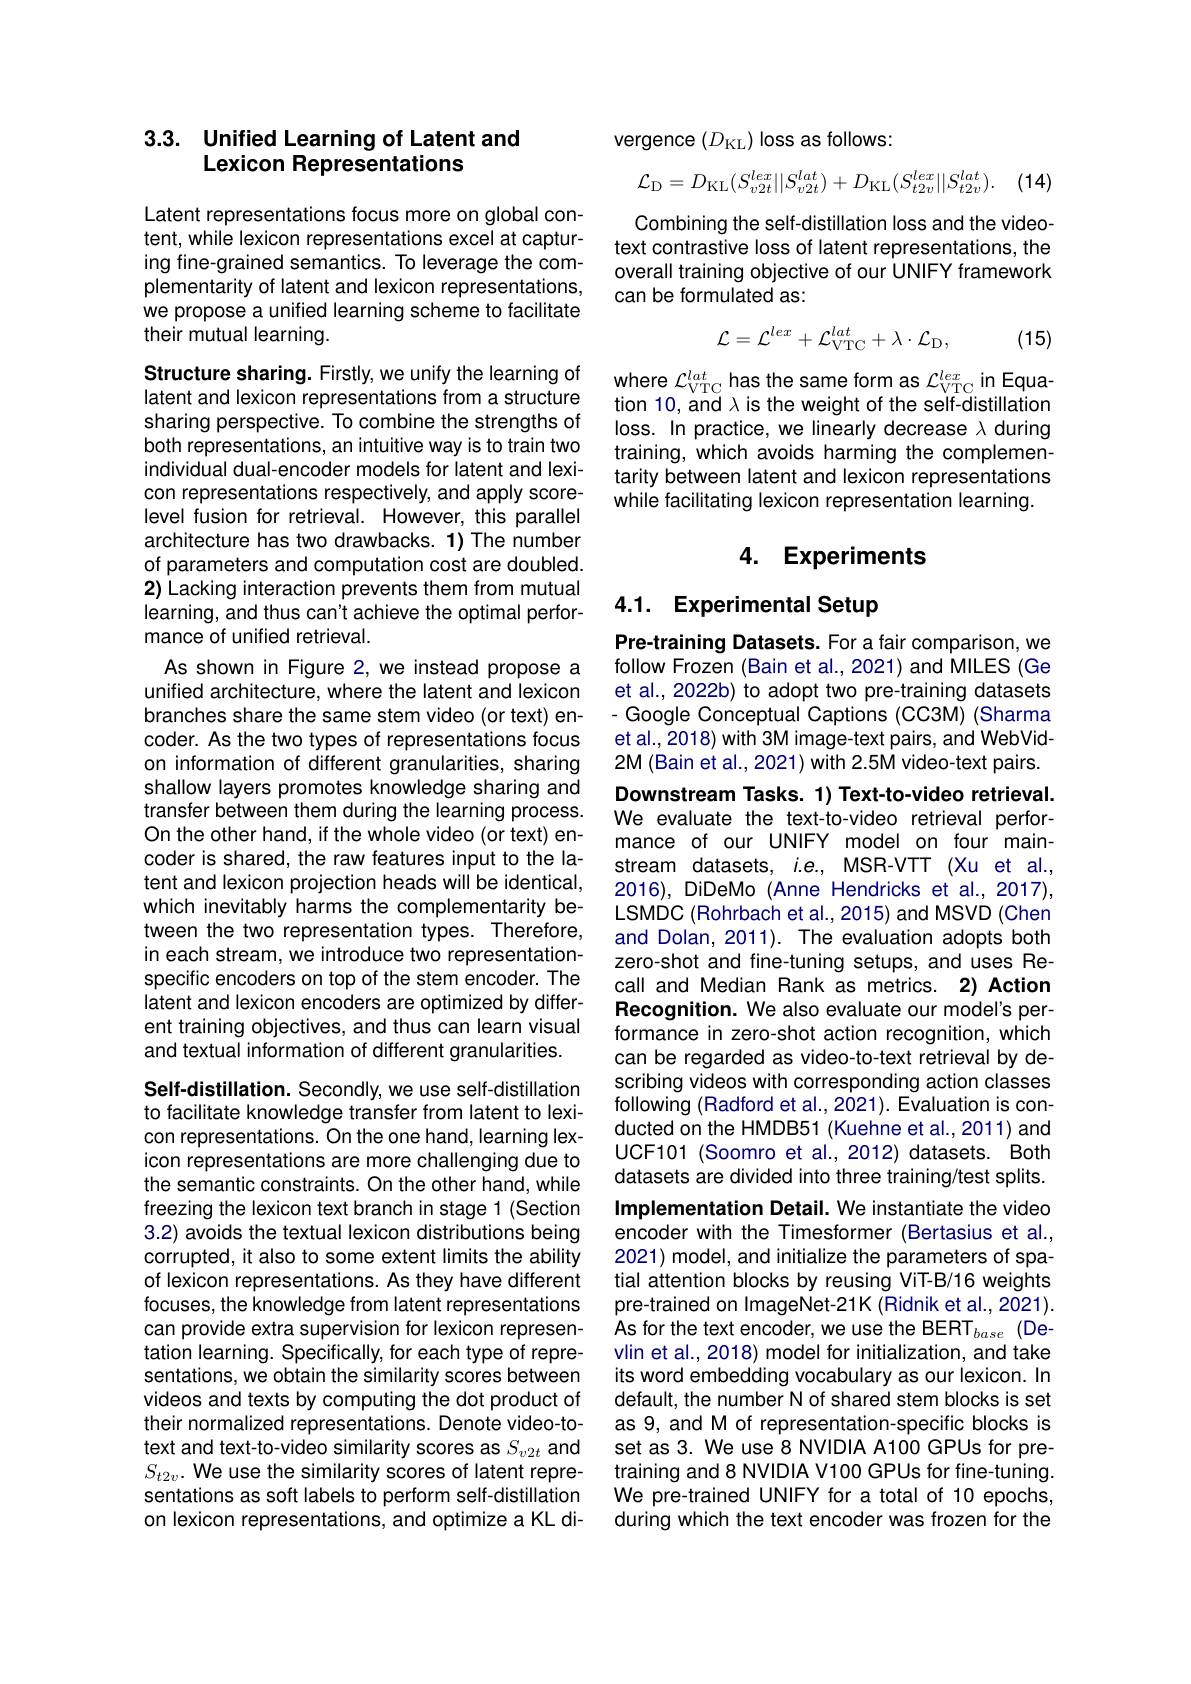
# 3.3. Unified Learning of Latent and Lexicon Representations

Latent representations focus more on global content, while lexicon representations excel at capturing fine-grained semantics. To leverage the complementarity of latent and lexicon representations, we propose a unified learning scheme to facilitate their mutual learning.

sharing perspective. To combine the strengths of both representations, an intuitive way is to train two individual dual-encoder models for latent and lexicon representations respectively, and apply scorelevel fusion for retrieval. However, this parallel architecture has two drawbacks. 1) The number of parameters and computation cost are doubled. 2) Lacking interaction prevents them from mutual learning, and thus can't achieve the optimal performance of unified retrieval.
As shown in Figure 2, we instead propose a unified architecture, where the latent and lexicon branches share the same stem video (or text) encoder. As the two types of representations focus on information of different granularities, sharing shallow layers promotes knowledge sharing and transfer between them during the learning process. On the other hand, if the whole video (or text) encoder is shared, the raw features input to the latent and lexicon projection heads will be identical, which inevitably harms the complementarity between the two representation types. Therefore, in each stream, we introduce two representationspecific encoders on top of the stem encoder. The latent and lexicon encoders are optimized by different training objectives, and thus can learn visual and textual information of different granularities.
Self-distillation. Secondly, we use self-distillation

to facilitate knowledge transfer from latent to lexicon representations. On the one hand, learning lexicon representations are more challenging due to the semantic constraints. On the other hand, while freezing the lexicon text branch in stage 1 (Section 3.2) avoids the textual lexicon distributions being corrupted, it also to some extent limits the ability of lexicon representations. As they have different focuses, the knowledge from latent representations can provide extra supervision for lexicon representation learning. Specifically, for each type of representations, we obtain the similarity scores between videos and texts by computing the dot product of their normalized representations. Denote video-totext and text-to-video similarity scores as $S_v2t$ and $S_{t2v}.$ We use the similarity scores of latent representations as soft labels to perform self-distillation on lexicon representations, and optimize a KL di-

vergence $(D_{\mathrm{KL}})$ loss as follows:
$$\mathcal{L}_{\mathrm{D}}=D_{\mathrm{KL}}(S_{v2t}^{lex}||S_{v2t}^{lat})+D_{\mathrm{KL}}(S_{t2v}^{lex}||S_{t2v}^{lat}).$$
(14)

Combining the self-distillation loss and the videotext contrastive loss of latent representations, the overall training objective of our UNIFY framework can be formulated as:
$$\mathcal{L}=\mathcal{L}^{lex}+\mathcal{L}_{\mathrm{VTC}}^{lat}+\lambda\cdot\mathcal{L}_{\mathrm{D}},$$
(15)

Structure sharing. Firstly, we unify the learning of where $\mathcal{L}_\mathrm{VTC}^{lat}$ has the same form as $\mathcal{L}_\mathrm{VTC}^{lex}$ in Equa latent and lexicon representations from a structure tion 10, and $\lambda$ is the weight of the self-distillation
loss. In practice, we linearly decrease $\lambda$ during training, which avoids harming the complementarity between latent and lexicon representations while facilitating lexicon representation learning.

### 4. Experiments

# 4.1. Experimental Setup

Pre-training Datasets. For a fair comparison, we follow Frozen (Bain et al., 2021) and MILES (Ge et al., 2022b) to adopt two pre-training datasets - Google Conceptual Captions (CC3M) (Sharma et al., 2018) with 3M image-text pairs, and WebVid- 2M (Bain et al., 2021) with 2.5M video-text pairs.

Downstream Tasks. 1) Text-to-video retrieval. We evaluate the text-to-video retrieval performance of our UNIFY model on four mainstream datasets, $i.e.$, MSR-VTT (Xu et al., 2016), DiDeMo (Anne Hendricks et al., 2017), LSMDC (Rohrbach et al., 2015) and MSVD (Chen and Dolan, 2011). The evaluation adopts both zero-shot and fine-tuning setups, and uses Recall and Median Rank as metrics. 2) Action Recognition. We also evaluate our model's performance in zero-shot action recognition, which can be regarded as video-to-text retrieval by describing videos with corresponding action classes following (Radford et al., 2021). Evaluation is conducted on the HMDB51 (Kuehne et al., 2011) and UCF101 (Soomro et al.,2012) datasets. Both datasets are divided into three training/test splits. Implementation Detail. We instantiate the video encoder with the Timesformer (Bertasius et al. 2021) model, and initialize the parameters of spatial attention blocks by reusing ViT-B/16 weights pre-trained on ImageNet-21K (Ridnik et al., 2021). As for the text encoder, we use the BERT $_base$ (Devlin et al., 2018) model for initialization, and take its word embedding vocabulary as our lexicon. In default, the number N of shared stem blocks is set as 9, and M of representation-specific blocks is set as 3. We use 8 NVIDIA A100 GPUs for pretraining and 8 NVIDIA V100 GPUs for fine-tuning We pre-trained UNIFY for a total of 10 epochs, during which the text encoder was frozen for the